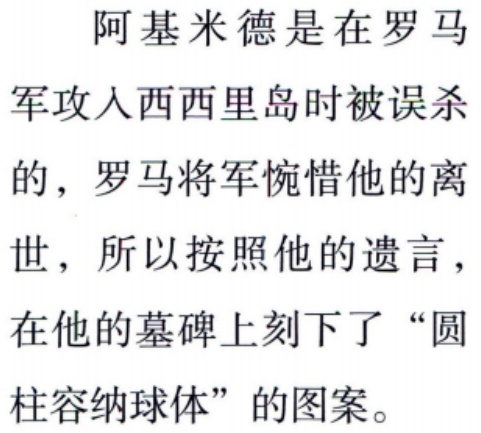
阿基米德是在罗马
军攻入西西里岛时被误杀
的，罗马将军惋惜他的离
世，所以按照他的遗言，
在他的墓碑上刻下了“圆
柱容纳球体”的图案。